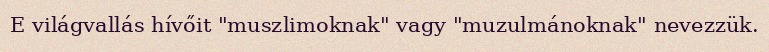
E világvallás hívőit "muszlimoknak" vagy "muzulmánoknak" nevezzük.